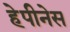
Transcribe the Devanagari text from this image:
हेपीनेस